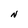
Character: N